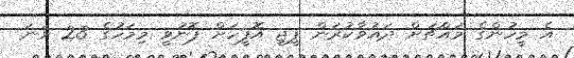
އެ މީހުންގެ މައްޗަށް ދައުވާކުރަން ޕީޖީ އޮފީހަށް ފޮނުވީ މިމަހުގެ 23 ވަނަ